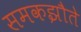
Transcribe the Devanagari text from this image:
समकझौते